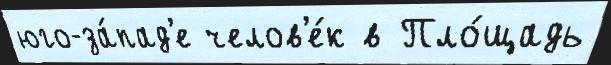
юго-за́пад'е челов'е́к в Пло́щадь